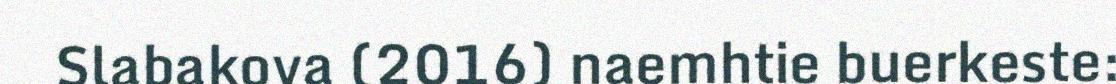
Slabakova (2016) naemhtie buerkeste: